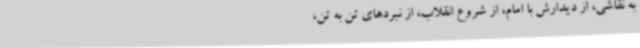
به نقاشی، از دیدارش با امام، از شروع انقلاب، از نبردهای تن به تن،